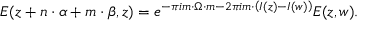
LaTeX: E ( z + { n } \cdot { \alpha } + { m } \cdot { \beta } , z ) = e ^ { - \pi i m \cdot \Omega \cdot m - 2 \pi i m \cdot \left( I ( z ) - I ( w ) \right) } E ( z , w ) .